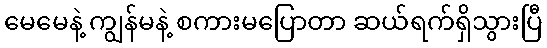
မေမေနဲ့ ကျွန်မနဲ့ စကားမပြောတာ ဆယ်ရက်ရှိသွားပြီ